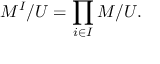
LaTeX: M ^ { I } / U = \prod _ { i \in I } M / U .